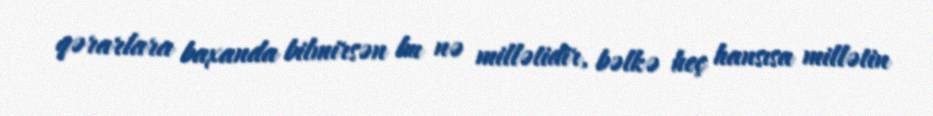
qərarlara baxanda bilmirsən bu nə millətidir, bəlkə heç hansısa millətin